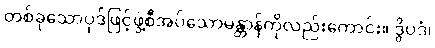
တစ်ခုသောပုဒ်ဖြင့်ဖွဲ့စီအပ်သောမန္တာန်ကိုလည်းကောင်း။ ဒွိပဒံ၊